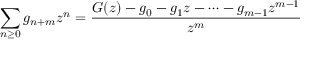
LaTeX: \sum _ { n \geq 0 } g _ { n + m } z ^ { n } = { \frac { G ( z ) - g _ { 0 } - g _ { 1 } z - \cdots - g _ { m - 1 } z ^ { m - 1 } } { z ^ { m } } }